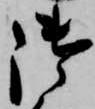
御